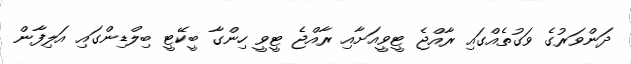
ދަންވަރުގެ ވަގުތެއްގައި ރާއްޖެ ޓީވީއަށާއި ރާއްޖެ ޓީވީ ހިންގާ ބީކޭޓީ ބިލްޑިންގައި އަލިފާން